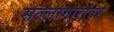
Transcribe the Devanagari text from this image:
सल्लागारांवर